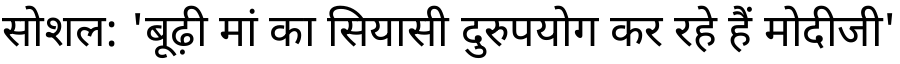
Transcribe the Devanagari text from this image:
सोशल: 'बूढ़ी मां का सियासी दुरुपयोग कर रहे हैं मोदीजी'